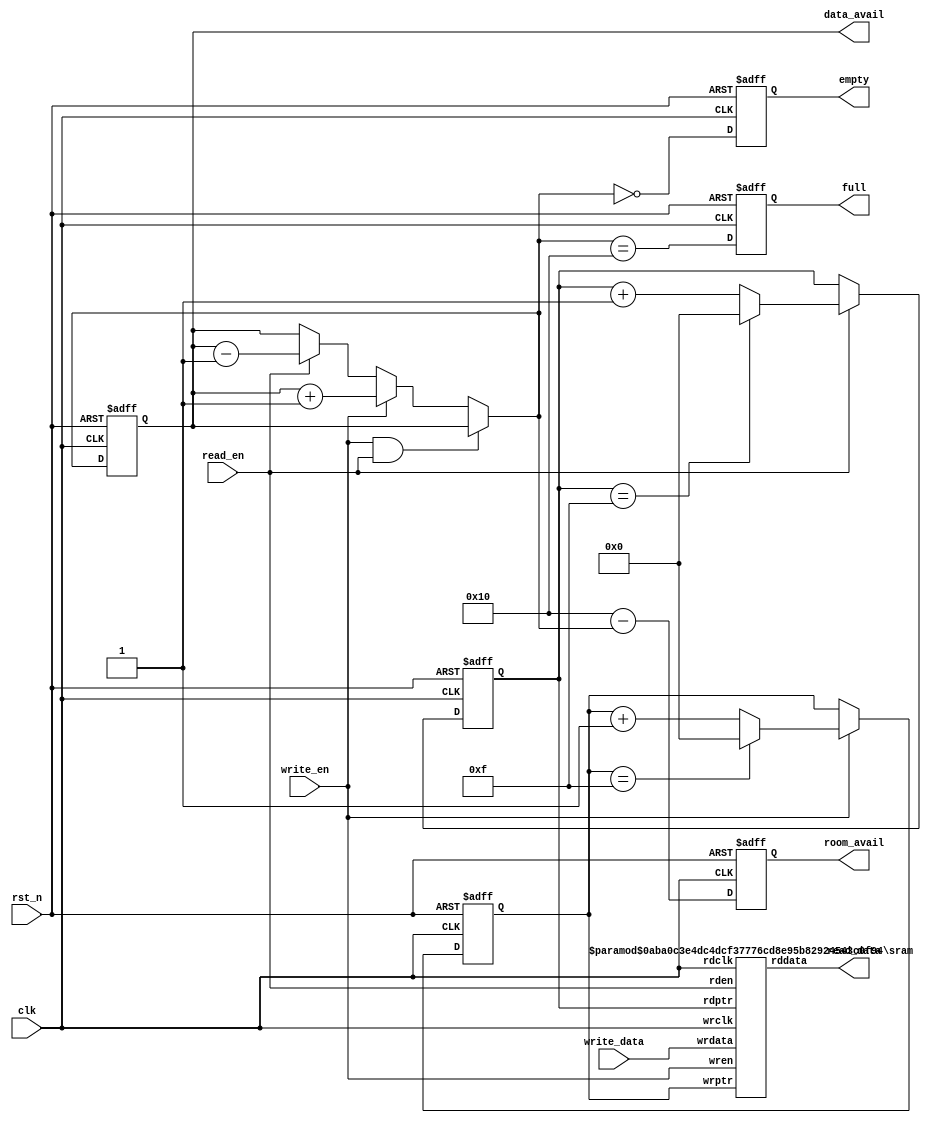
//------------------------------------------------------------------------------
// File					: synch_fifo
// Key Words				:
// Modification History		        :
// 	Date    	By      	Version    	Change Description
//	2021-03-19	FFQ		1.0		original
//
// Editor				: VSCode, Tab Size (4)
// Description				:
//
// (C) Copyright 2021 Institute of Digital Economy Industry. 
// All rights reserved.
//------------------------------------------------------------------------------
`timescale 1ns / 1ps

module synch_fifo
#(
    //----------------------------------
    // Parameter Declarations
    //----------------------------------
    parameter FIFO_PTR              = 4             ,
    parameter FIFO_WIDTH            = 32            ,
    parameter FIFO_DEPTH            = 16        
)
(
    //----------------------------------
    // IO Declarations
    //----------------------------------
    input                           clk             ,
    input                           rst_n           ,
    input                           write_en        ,
    input [FIFO_WIDTH-1:0]          write_data      ,
    input                           read_en         ,
    output [FIFO_WIDTH-1:0]         read_data       ,
    output reg                      full            ,
    output reg                      empty           ,
    output reg [FIFO_PTR:0]         room_avail      ,
    output [FIFO_PTR:0]             data_avail  
);

    //----------------------------------
    // Local Parameter Declarations
    //----------------------------------
    localparam FIFO_DEPTH_MINUS1    = FIFO_DEPTH-1  ;

    //----------------------------------
    // Variable Declarations
    //----------------------------------
    reg [FIFO_PTR-1:0]              wr_ptr          ;
    reg [FIFO_PTR-1:0]              wr_ptr_nxt      ;

    reg [FIFO_PTR-1:0]              rd_ptr          ;
    reg [FIFO_PTR-1:0]              rd_ptr_nxt      ;

    reg [FIFO_PTR:0]                num_entries     ;
    reg [FIFO_PTR:0]                num_entries_nxt ;

    wire                            full_nxt        ;
    wire                            empty_nxt       ;

    wire [FIFO_PTR:0]               room_avail_nxt  ;

    //--------------------------------------------------------------------------
    // write-pointer control logic
    //--------------------------------------------------------------------------
    always @(*)
    begin 
        wr_ptr_nxt = wr_ptr;
        
        if (write_en) begin
            if (wr_ptr == FIFO_DEPTH_MINUS1)
                wr_ptr_nxt = 'd0;
            else
                wr_ptr_nxt = wr_ptr + 1'b1;
        end
    end 

    //--------------------------------------------------------------------------
    // read-pointer control logic
    //--------------------------------------------------------------------------
    always @(*)
    begin 
        rd_ptr_nxt = rd_ptr;
        
        if (read_en) begin
            if (rd_ptr == FIFO_DEPTH_MINUS1)
                rd_ptr_nxt = 'd0;
            else
                rd_ptr_nxt = rd_ptr + 1'b1;
        end
    end 

    //--------------------------------------------------------------------------
    // calculate number of occupied entries in the FIFO
    //--------------------------------------------------------------------------
    always @(*)
    begin
        num_entries_nxt = num_entries;

        if (write_en && read_en)
            num_entries_nxt = num_entries;
        else if (write_en)
            num_entries_nxt = num_entries + 1'b1;
        else if (read_en)
            num_entries_nxt = num_entries - 1'b1;
    end

    assign full_nxt         = (num_entries_nxt == FIFO_DEPTH);
    assign empty_nxt        = (num_entries_nxt == 'd0);
    assign data_avail       = num_entries;
    assign room_avail_nxt   = (FIFO_DEPTH - num_entries_nxt);

    //--------------------------------------------------------------------------
    // register output
    //--------------------------------------------------------------------------
    always @(posedge clk or negedge rst_n)
    begin
        if (!rst_n) begin
            wr_ptr      <= 'd0;
            rd_ptr      <= 'd0;
            num_entries <= 'd0;
            full        <= 1'b0;
            empty       <= 1'b1;
            room_avail  <= FIFO_DEPTH;
        end
        else begin
            wr_ptr      <= wr_ptr_nxt;
            rd_ptr      <= rd_ptr_nxt;
            num_entries <= num_entries_nxt;
            full        <= full_nxt;
            empty       <= empty_nxt;
            room_avail  <= room_avail_nxt;
        end
    end 

    //--------------------------------------------------------------------------
    // SRAM memory instantiation
    //--------------------------------------------------------------------------
    sram
    #(
	.PTR			(FIFO_PTR		),
	.FIFO_WIDTH		(FIFO_WIDTH		)
    )
    u_sram
    (
	.wrclk			(clk			),
	.wren			(write_en		),
	.wrptr			(wr_ptr			),
	.wrdata			(write_data		),
	.rdclk			(clk			),
	.rden			(read_en		),
	.rdptr			(rd_ptr			),
	.rddata			(read_data		)
    );

endmodule

`timescale 1ns / 1ps

module sram
#(
    //----------------------------------
    // Paramter Declarations
    //----------------------------------
    parameter PTR 			= 4			,
    parameter FIFO_WIDTH		= 16			,
    parameter A_MAX 			= 2**(PTR)
)
(
    //----------------------------------
    // IO Declarations
    //----------------------------------
    // Write port
    input                		wrclk			,
    input [PTR-1:0] 			wrptr			,
    input [FIFO_WIDTH-1:0] 		wrdata			,
    input                		wren			,

    // Read port
    input           			rdclk   		,
    input [PTR-1:0] 			rdptr			,
    input                		rden			,
    output reg [FIFO_WIDTH-1:0]         rddata			
);

    //----------------------------------
    // Variable Declarations
    //----------------------------------
    // Memory as multi-dimensional array
    reg [FIFO_WIDTH-1:0] 		memory[A_MAX-1:0];
	
    //----------------------------------
    // Start of Main Code
    //----------------------------------
	
    // Write data to memory
    always @(posedge wrclk) 
    begin
        if (wren) begin
	    memory[wrptr] <= wrdata;	
	end
    end

    // Read data from memory
    always @(posedge rdclk) 
    begin
	if (rden) begin
	    rddata <= memory[rdptr];
	end
    end
	
endmodule